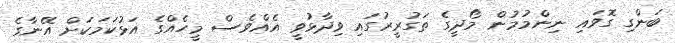
ބަންގި ގޮވައި ނިންމުމުން މޯދީގެ ތަގުރީރުގައި ވިދާޅުވީ އެއްވެސް މީހެއްގެ އަޅުކަމަކަށް އޭނާގެ